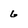
Character: 6